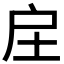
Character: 𢨫